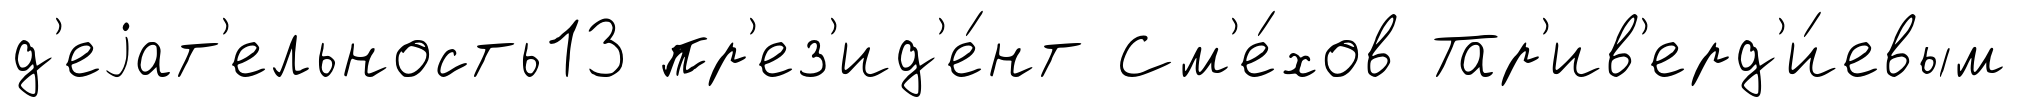
д'еjат'ельность13 пр'ез'ид'е́нт См'е́хов Тар'ив'ерд'и́евым